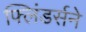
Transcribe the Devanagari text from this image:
फ्लिंडर्सने